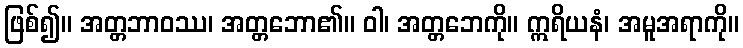
ဖြစ်၍။ အတ္တဘာဝဿ၊ အတ္တဘော၏။ ဝါ၊ အတ္တဘေကို။ ဣရိယနံ၊ အမူအရာကို။